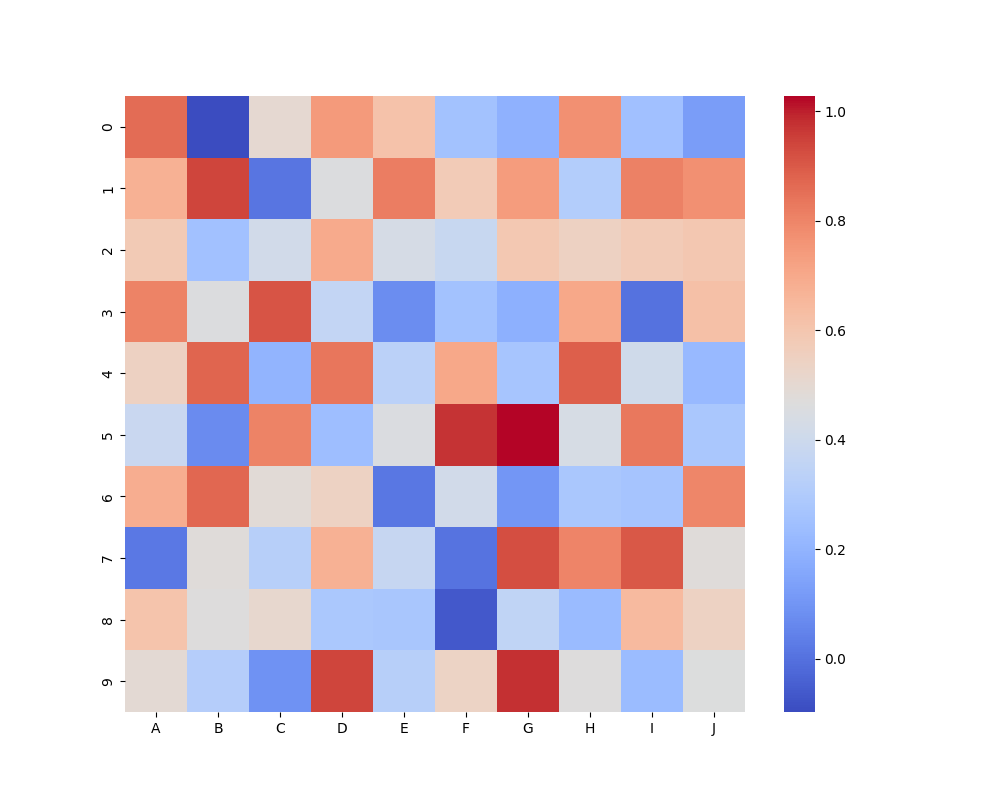
python, seaborn, heatmap, cmap='coolwarm', linewidths=0.0, center=none